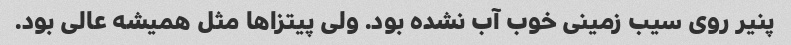
پنیر روی سیب زمینی خوب آب نشده بود. ولی پیتزاها مثل همیشه عالی بود.